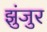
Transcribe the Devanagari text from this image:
झुंजुर